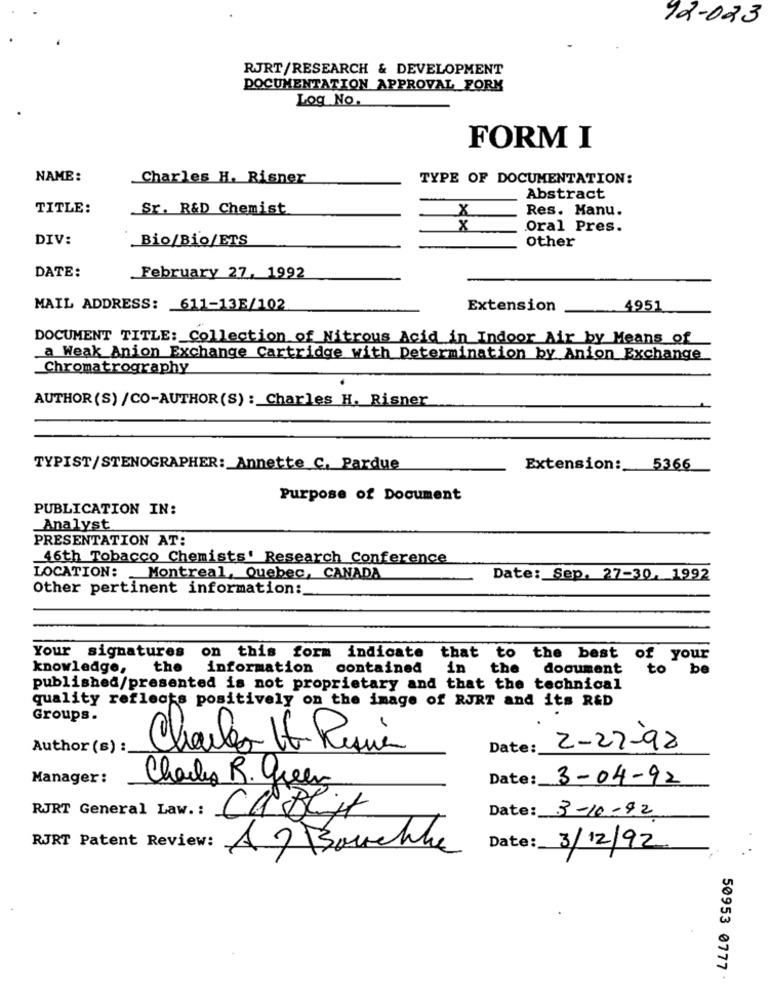
92-023
RJRT/RESEARCH & DEVELOPMENT
DOCUMENTATION APPROVAL FORM
Log No.
FORM I
NAME:
Charles H. Risner
TYPE OF DOCUMENTATION:
Abstract
TITLE:
Sr. R&D Chemist
X
Res. Manu.
Oral Pres.
DIV:
Bio/Bio/ETS
Other
DATE:
February 27, 1992
MAIL ADDRESS: 611-13E/102
Extension
4951
DOCUMENT TITLE: Collection of Nitrous Acid in Indoor Air by Means of
a Weak Anion Exchange Cartridge with Determination by Anion Exchange
Chromatrography
AUTHOR (S) /CO-AUTHOR(S) : Charles H. Risner
TYPIST/STENOGRAPHER: Annette C, Pardue
Extension: 5366
Purpose of Document
PUBLICATION IN:
Analyst
PRESENTATION AT:
46th Tobacco Chemists' Research Conference
LOCATION: Montreal, Quebec, CANADA
Date: Sep. 27-30, 1992
Other pertinent information:
Your signatures
on this form indicate that to the best of your
knowledge,
the
information
contained in
the
document
to be
published/presented is not proprietary and that the technical
quality reflects positively on the image of RJRT and its R&D
Groups.
Author (s) :
Charles It Raque
Date:
2-27-98
Manager:
Charles R. green
Date: 3-04-92
RJRT General Law. :
Date: 3-10-92
CaBlir
RJRT Patent Review:
A3 Bouche
Date: 3/12/92
50953 0777 .